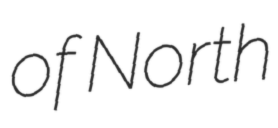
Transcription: of North